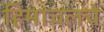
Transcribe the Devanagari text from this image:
हिमाचलचे